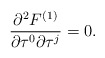
\begin{align*} \frac{\partial^2 F^{(1)}}{\partial \tau^0 \partial \tau^j}=0. \end{align*}